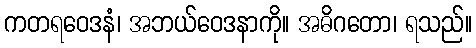
ကတရဝေဒနံ၊ အဘယ်ဝေဒနာကို။ အဓိဂတော၊ ရသည်။